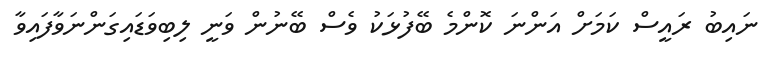
ނައިބު ރައީސް ކަމަށް އަންނަ ކޮންމެ ބޭފުޅަކު ވެސް ބޭނުން ވަނީ ލިބިވަޑައިގަންނަވާފައިވާ